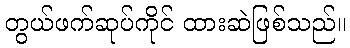
တွယ်ဖက်ဆုပ်ကိုင် ထားဆဲဖြစ်သည်။